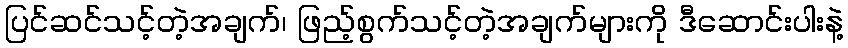
ပြင်ဆင်သင့်တဲ့အချက်၊ ဖြည့်စွက်သင့်တဲ့အချက်များကို ဒီဆောင်းပါးနဲ့